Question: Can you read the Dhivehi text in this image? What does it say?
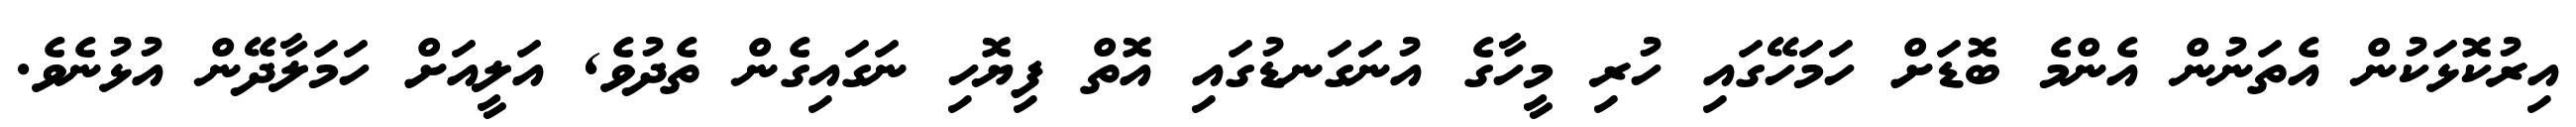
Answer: އިރުކޮޅަކުން އެތަނުން އެންމެ ބޮޑަށް ހަމަހޭގައި ހުރި މީހާގެ އުނަގަނޑުގައި އޮތް ފިޔޮހި ނަގައިގެން ތެދުވެ, އަލީއަށް ހަމަލާދޭން އުޅުނެވެ.